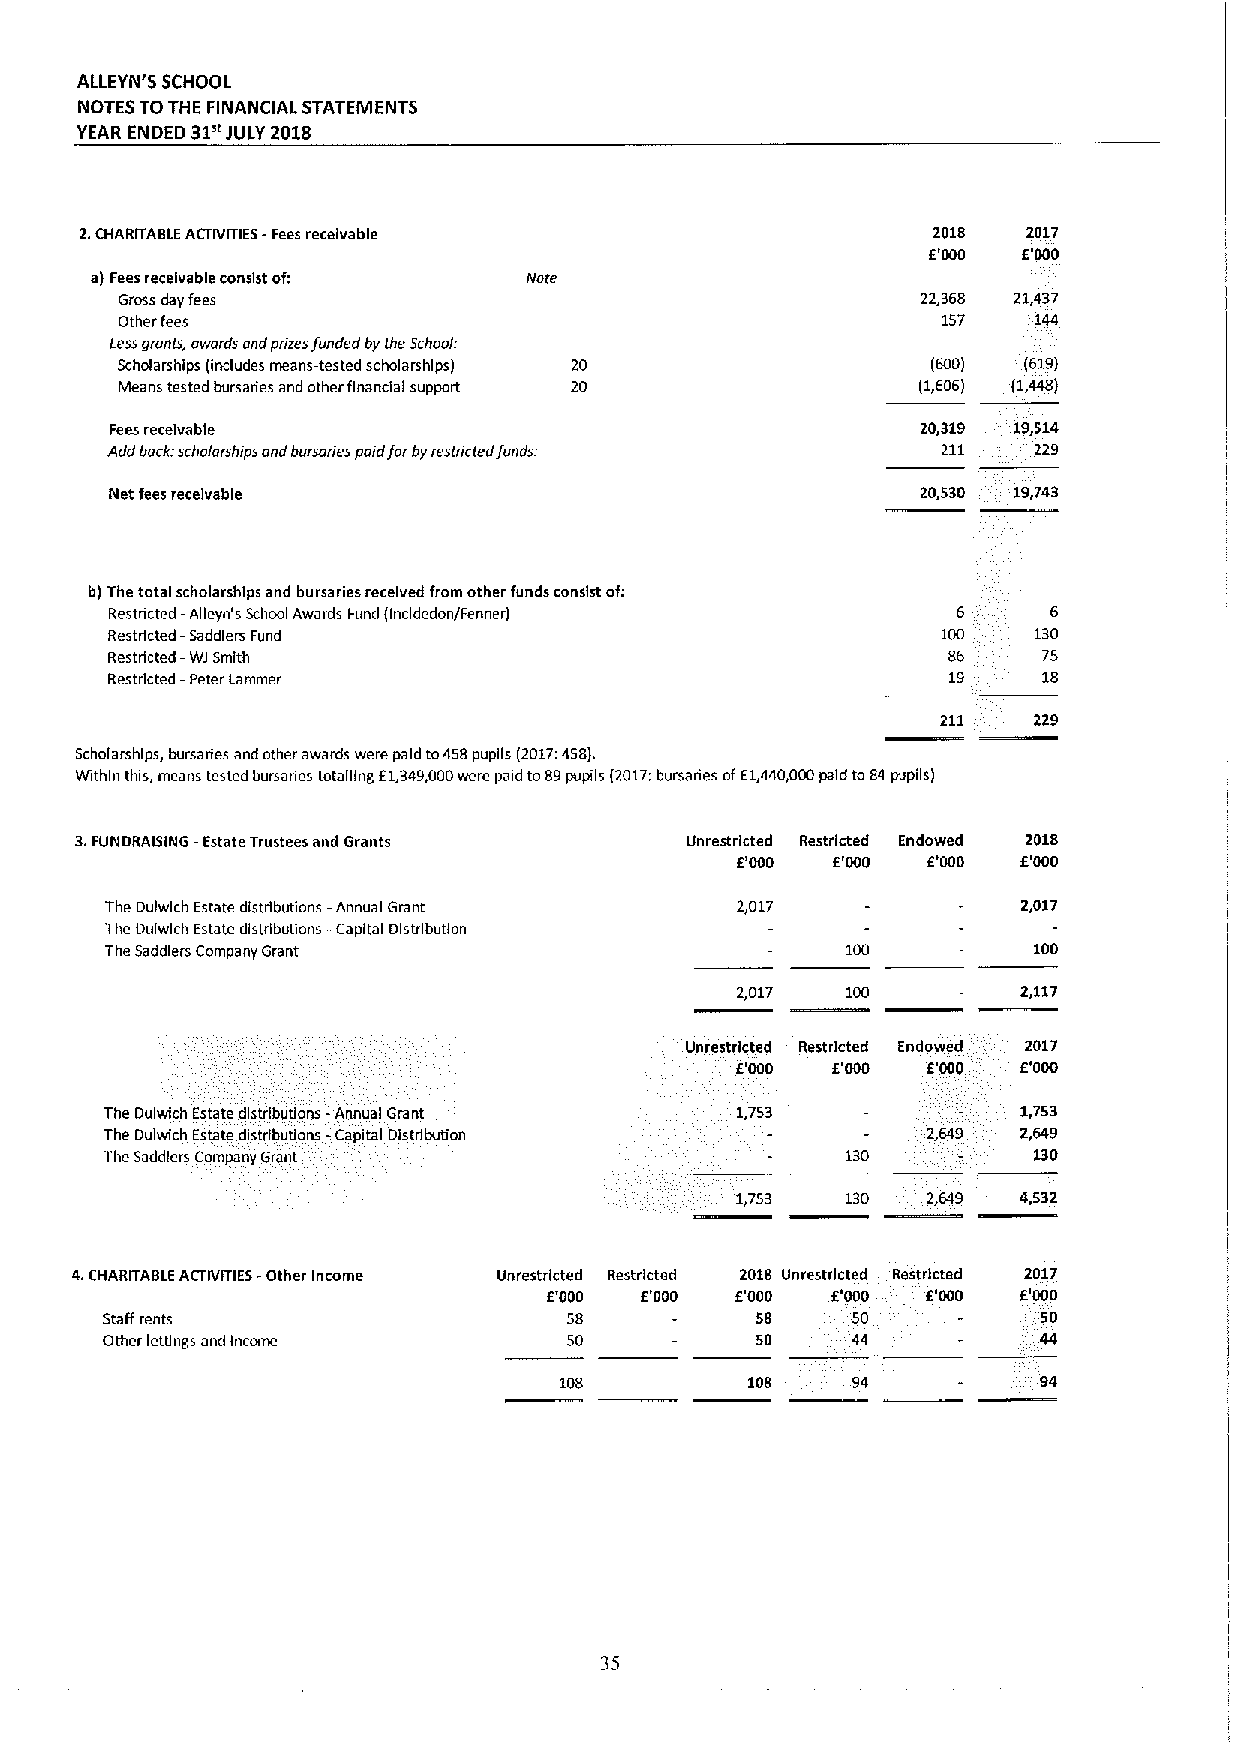
ALLEYN'S SCHOOL
 NOTES TOTHE FINANCIAL STATEMENTS
 YEAR ENDED 31nJULY 2018
 2.CHARITABLE ACTIVITIES -Fees receivable                 2018  2017
 E'000  E'000
 a) Feesreceivable consist of; Nore
 Gross day fees                                       22,368 21,437
 Otherfees                                             157   144
 Less grants, awards ond prizesfunded by the 5chooi:
 Scholarships (includes means-tested scholarships) 20  (60D) (619)
 Means tested bursarles and other financial support 20 (1,606) (1,448)
 Feesreceivable                                        20,319 19,514
 Add back: scholarships end bursar/es poidforbyrestricted fundsi 211 229
 Net feesreceivable                                    20,530 19,743
 b)The total scholarships and bursa ries received from other funds consist of:
 Restricted -Alleyn's School Awards Fund (Incldedon/Farmer) 6   6
 Restricted —Saddlers Fund                              100   130
 Restricted —Wi Smith                                    86    75
 Restricted —Peter Lammer                                19    18
 211   229
 Scholarships, bursa ries and other awards were paid to458pupils (2017:458).
 Within this, means tested bursades totalling 61,349,000were paid to89pupils (2017:bursaries ofE1,440,000paid to84pupils)
 3.FUNDRAISING -Estate Trustees and Grants Unrestricted Restricted Endowed 2018
 E'000 6'000 E'000  6'000
 The Dulwlch Estate distributions -Annual Grant 2,017         2,017
 The Dulwlch Estate distributions -Capital Distribution
 The Saddlers Company Grant                                   100
 2,017  100         2,117
 Unrestricted Restricted Endowed 2017
 E'000 F.'ODO E'000 6'000
 The Dulwlch Estate distributions -Annual Grant 1,753         1,753
 The Dulwich Estate distributions —Capital Distribution 2,649 2,649
 The Saddlers Company Grant                       130         130
 1,753       2,649 4,532
 4.CHARITABLE ACTIVITIES -Other Income Unrestricted Restricted 2018 Unrestricted Restricted 2017
 E'000 F.'000 6'000 E'000 6'000 6'000
 Staff rents                    58          58    50           50
 Other lettings and Income      50          50    44           44
 108          108   94           94
 35